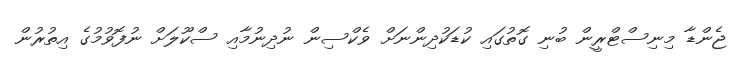
ޖެންޑާ މިނިސްޓްރީން ބުނި ގޮތުގައި ކުޑަކުދިންނަށް ވެކްސިން ނުދިނުމާއި ސްކޫލަށް ނުފޮވުމުގެ އިތުރުން